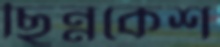
ছিন্নকেশ